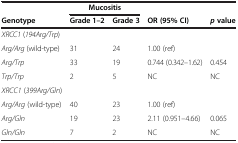
<table><thead><tr><td><b> </b></td><td colspan="2"><b>Mucositis</b></td><td><b> </b></td><td><b> </b></td></tr><tr><td><b>Genotype</b></td><td><b>Grade 1–2</b></td><td><b>Grade 3</b></td><td><b>OR (95% CI)</b></td><td><b><i>p</i>value</b></td></tr></thead><tbody><tr><td><i>XRCC1</i> (<i>194Arg/Trp</i>)</td><td> </td><td> </td><td> </td><td> </td></tr><tr><td><i>Arg/Arg</i> (wild-type)</td><td>31</td><td>24</td><td>1.00 (ref)</td><td> </td></tr><tr><td><i>Arg/Trp</i></td><td>33</td><td>19</td><td>0.744 (0.342–1.62)</td><td>0.454</td></tr><tr><td><i>Trp/Trp</i></td><td>2</td><td>5</td><td>NC</td><td>NC</td></tr><tr><td><i>XRCC1</i> (<i>399Arg/Gln</i>)</td><td> </td><td> </td><td> </td><td> </td></tr><tr><td><i>Arg/Arg</i> (wild-type)</td><td>40</td><td>23</td><td>1.00 (ref)</td><td> </td></tr><tr><td><i>Arg/Gln</i></td><td>19</td><td>23</td><td>2.11 (0.951–4.66)</td><td>0.065</td></tr><tr><td><i>Gln/Gln</i></td><td>7</td><td>2</td><td>NC</td><td>NC</td></tr></tbody></table>